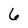
Character: 6